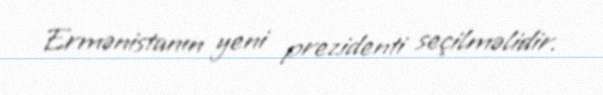
Ermənistanın yeni prezidenti seçilməlidir.